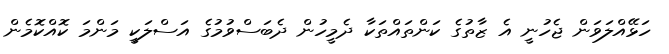
ހަޅޭއްލަވަން ޖެހުނީ އެ ޒާތުގެ ކަންތައްތަކާ ދެމީހުން ދެބަސްވުމުގެ އަސްލަކީ މަންމަ ކޮއްކޮމެން